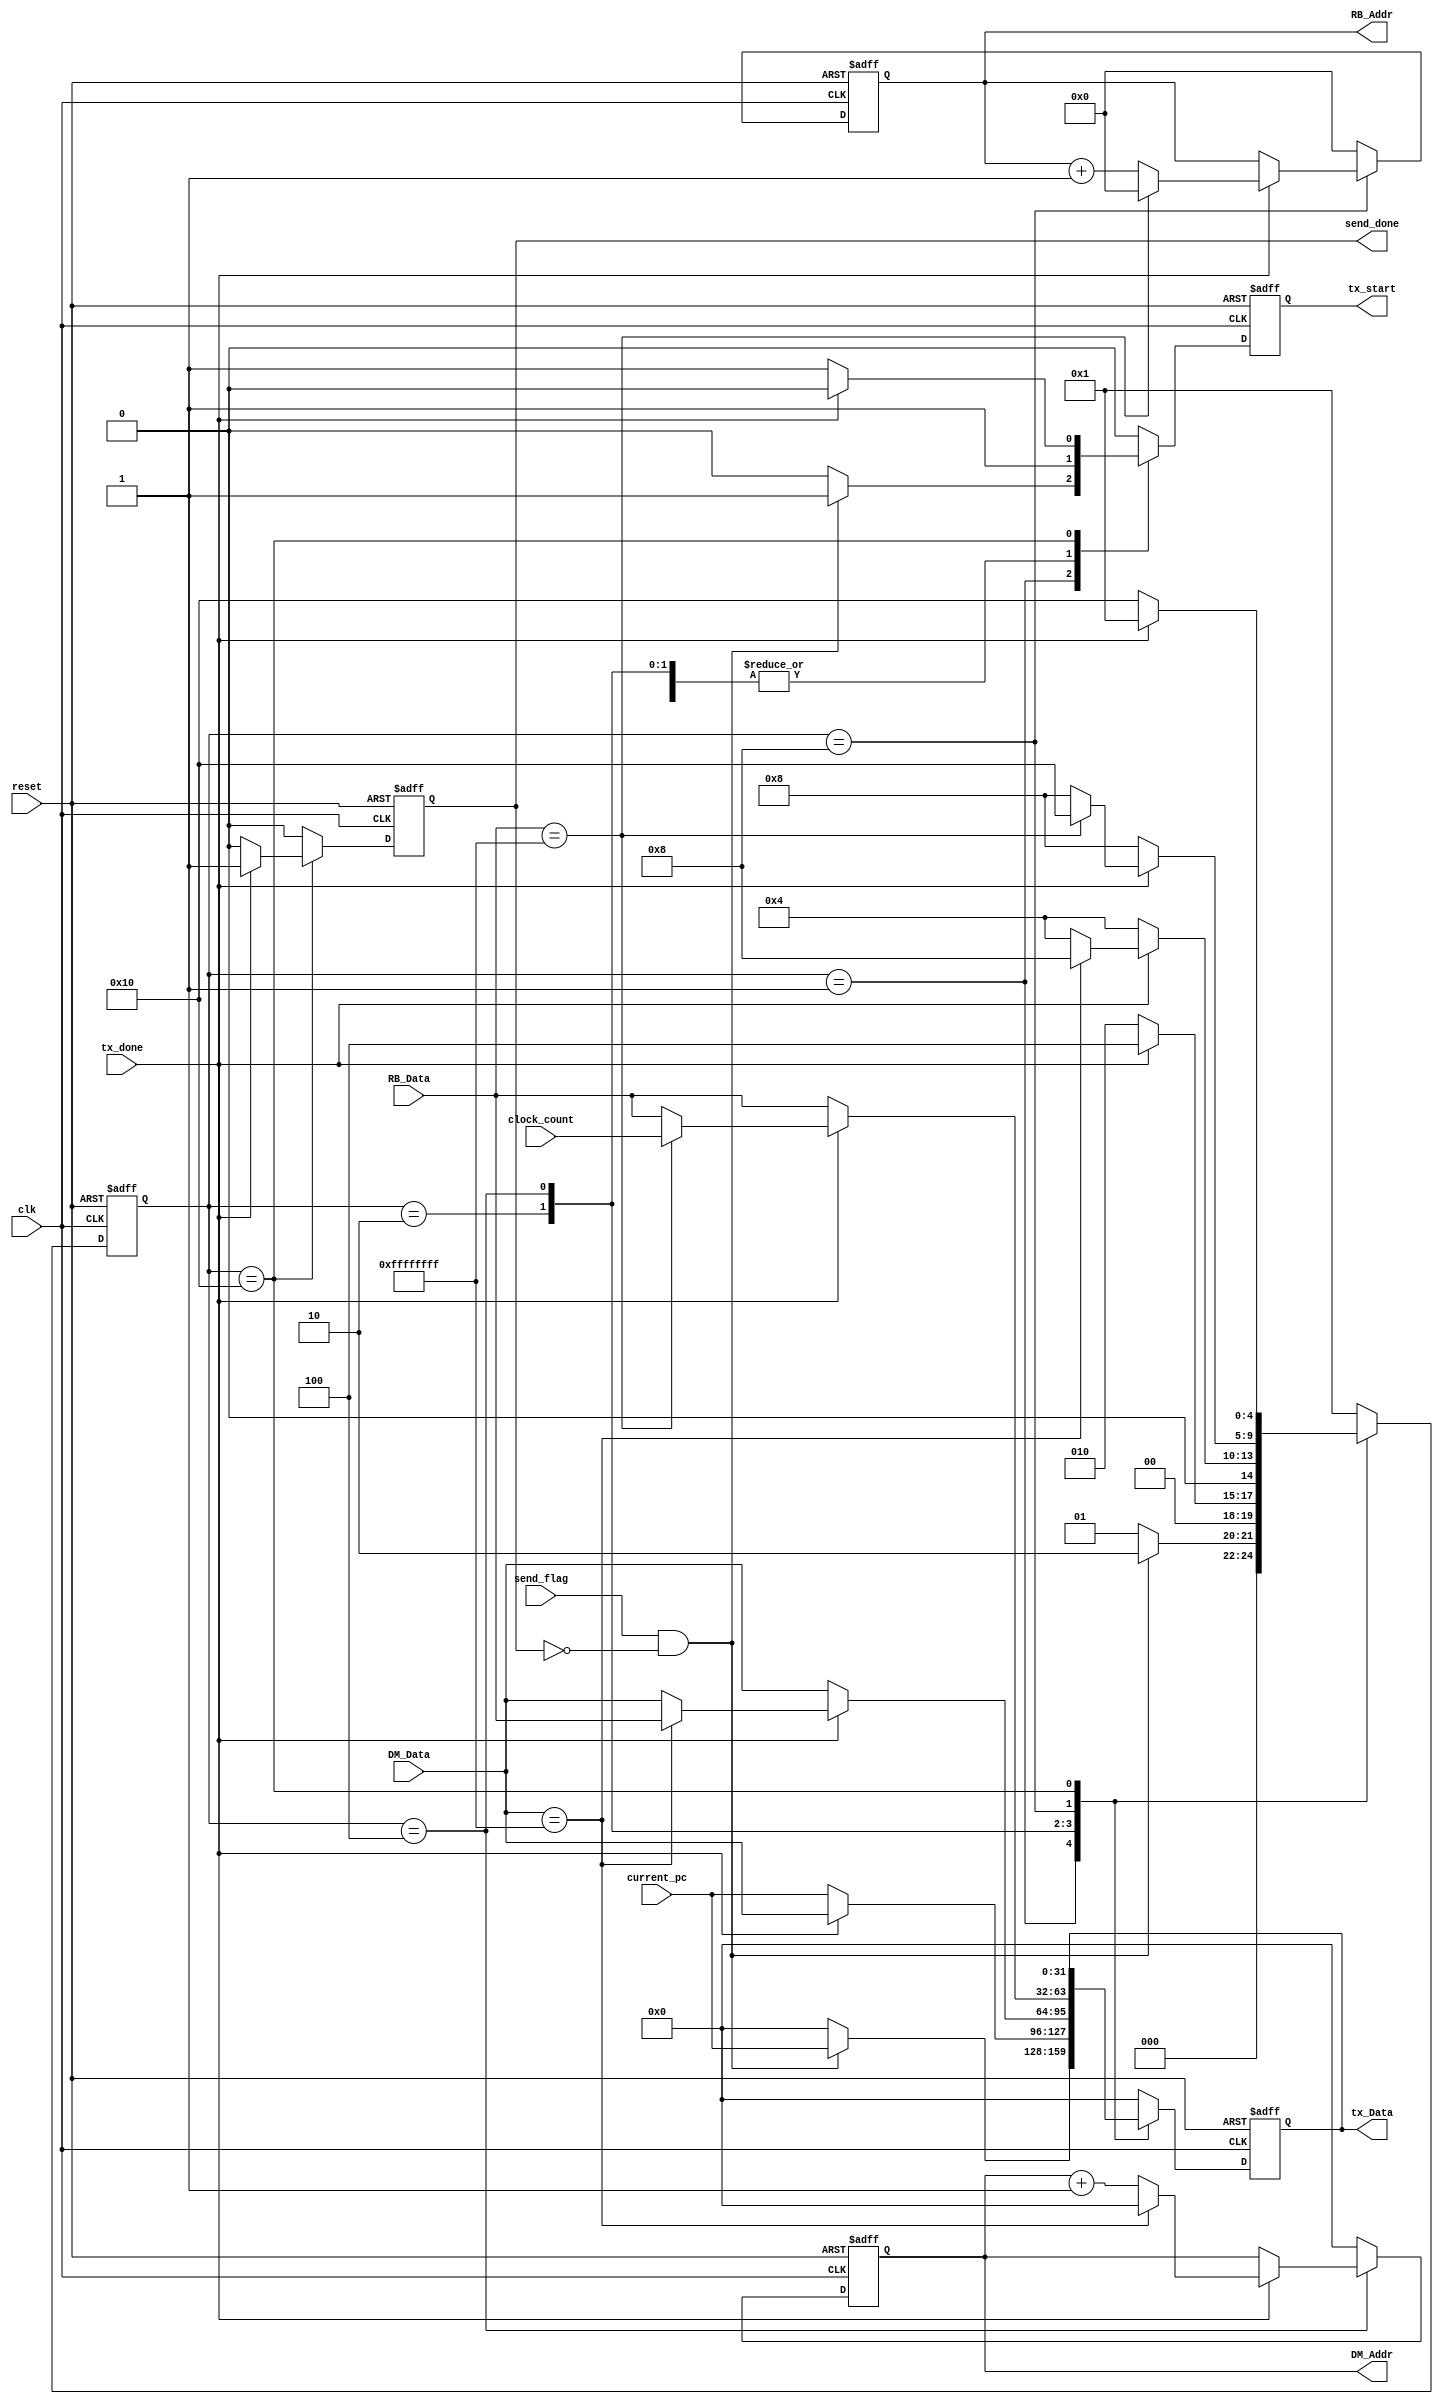
`timescale 1ns / 1ps

module send_control #(
    parameter   DM_ADDR_LENGTH      =       32      ,
    parameter   DM_MEM_SIZE         =       1024    ,
    parameter   DATA_WIDTH          =       32      ,
    parameter   RBITS               =       5       ,
    parameter   BANK_SIZE           =       32      ,
    parameter   REG_WIDTH           =       32      ,
    parameter   NBITS               =       32
)
(
    /*  Entradas    */
    input   wire    clk         ,           reset       ,
    input   wire    [DATA_WIDTH-1:0]        DM_Data     ,
    input   wire    [REG_WIDTH-1:0]         RB_Data     ,
    input   wire    [NBITS-1:0]             current_pc  ,
                                            clock_count ,
    input   wire    send_flag   ,           tx_done     ,
    
    /*  Salidas     */
    output  wire    [DM_ADDR_LENGTH-1:0]    DM_Addr     ,
    output  wire    [RBITS-1:0]             RB_Addr     ,
    output  wire    [NBITS-1:0]             tx_Data     ,
    output  wire    tx_start    ,           send_done
);

    /*      Estados     */
    localparam[4:0]
        WAIT            =       5'b00001        ,   //  Esperando
        SENDPC          =       5'b00010        ,   //  Mandando el PC
        SENDDM          =       5'b00100        ,   //  Mandando la DM
        SENDRB          =       5'b01000        ,   //  Mandando el RB
        SENDCLK         =       5'b10000        ;   //  Mandando el clock clount
        
    /*      Seales auxiliares   */

    reg     [4:0]   state_reg   ,   state_next  ;
    
    //  auxs de salidas
    reg     [DM_ADDR_LENGTH-1:0]    dm_addr_reg     ,   dm_addr_next    ;
    reg     [RBITS-1:0]             rb_addr_reg     ,   rb_addr_next    ;
    reg     [NBITS-1:0]             tx_data_reg     ,   tx_data_next    ;
    reg                             tx_start_reg    ,   tx_start_next   ;
    reg                             send_done_reg   ,   send_done_next  ;   
    
    /*      Bloque de reset     */
    always  @(posedge clk, posedge reset)
    begin
        if  (reset)
            begin
                state_reg       <=      WAIT    ;
                dm_addr_reg     <=      0       ;
                rb_addr_reg     <=      0       ;
                tx_data_reg     <=      0       ;
                tx_start_reg    <=      0       ;
                send_done_reg   <=      0       ;
            end
        else
            begin
                state_reg       <=      state_next      ;
                dm_addr_reg     <=      dm_addr_next    ;
                rb_addr_reg     <=      rb_addr_next    ;
                tx_data_reg     <=      tx_data_next    ;
                tx_start_reg    <=      tx_start_next   ;
                send_done_reg   <=      send_done_next  ;
            end
    end
    
    /*      Bloque de logica del estado siguiente       */
    always  @*
    begin
        state_next      =       state_reg       ;
        dm_addr_next    =       dm_addr_reg     ;
        rb_addr_next    =       rb_addr_reg     ;
        tx_data_next    =       tx_data_reg     ;
        tx_start_next   =       tx_start_reg    ;
        send_done_next  =       send_done_reg   ;
        
        case    (state_reg)
            WAIT:
                begin
                    //tx_data_next    =       0       ;
                    dm_addr_next    =       0       ;
                    rb_addr_next    =       0       ;
                    send_done_next  =       0       ;
                    if  (send_flag && !send_done_reg)
                        begin
                            tx_start_next   =   1           ;
                            tx_data_next    =   current_pc  ;
                            state_next      =   SENDPC      ;
                        end
                    else
                        begin
                            tx_start_next   =   0           ;
                            tx_data_next    =   0           ;
                            state_next      =   WAIT        ;
                        end
                end
            SENDPC:
                begin
                    //tx_data_next    =       current_pc  ;
                    dm_addr_next    =       0           ;
                    rb_addr_next    =       0           ;
                    send_done_next  =       0           ;
                    tx_start_next   =       1           ;
                    if  (tx_done)
                        begin
                            tx_data_next    =   DM_Data     ;
                            state_next      =   SENDDM      ;
                        end
                    else
                        begin
                            tx_data_next    =   current_pc  ;
                            state_next      =   SENDPC      ;
                        end
                end
            SENDDM:
                begin
                    //tx_data_next    =       DM_Data     ;
                    rb_addr_next    =       0           ;
                    send_done_next  =       0           ;
                    tx_start_next   =       1           ;
                    
                    if  (tx_done)
                        begin
                            if  (DM_Data    ==  32'hFFFFFFFF)
                                begin
                                    dm_addr_next    =   0       ;
                                    tx_data_next    =   RB_Data ;
                                    state_next      =   SENDRB  ;
                                end
                            else
                                begin
                                    dm_addr_next    =   dm_addr_reg + 1 ;
                                    tx_data_next    =   DM_Data         ;
                                    state_next      =   SENDDM          ;
                                end
                        end
                    else
                        begin
                            dm_addr_next    =   dm_addr_reg ;
                            tx_data_next    =   DM_Data     ;
                            state_next      =   SENDDM      ;
                        end
                end
            SENDRB:
                begin
                    //tx_data_next    =       RB_Data     ;
                    dm_addr_next    =       0           ;
                    send_done_next  =       0           ;
                    tx_start_next   =       1           ;
                    if  (tx_done)
                        begin
                            if  (RB_Data    ==  32'hFFFFFFFF)
                                begin
                                    rb_addr_next    =   0           ;
                                    tx_data_next    =   clock_count ;
                                    state_next      =   SENDCLK     ;
                                end
                            else
                                begin
                                    rb_addr_next    =   rb_addr_reg + 1 ;
                                    tx_data_next    =   RB_Data         ;
                                    state_next      =   SENDRB          ;
                                end
                        end
                    else
                        begin
                            rb_addr_next    =   rb_addr_reg ;
                            tx_data_next    =   RB_Data     ;
                            state_next      =   SENDRB      ;
                        end
                end
            SENDCLK:
                begin
                    //tx_data_next    =       clock_count ;
                    dm_addr_next    =       0           ;
                    rb_addr_next    =       0           ;
                    if  (tx_done)
                        begin
                            tx_start_next   =   0           ;
                            send_done_next  =   1           ;
                            state_next      =   WAIT        ;
                        end
                    else
                        begin
                            tx_start_next   =   1           ;
                            send_done_next  =   0           ;
                            state_next      =   SENDCLK     ;
                        end
                end
            default:
                begin
                    tx_data_next    =       0       ;
                    dm_addr_next    =       0       ;
                    rb_addr_next    =       0       ;
                    send_done_next  =       0       ;
                    tx_start_next   =       0       ;
                    state_next      =       WAIT    ;
                end
        endcase
    end
       
    //  Salida
    assign      DM_Addr         =       dm_addr_reg     ;
    assign      RB_Addr         =       rb_addr_reg     ;
    assign      tx_Data         =       tx_data_reg     ;
    assign      send_done       =       send_done_reg   ;
    assign      tx_start        =       tx_start_reg    ;

endmodule